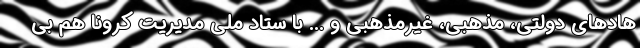
هادهای دولتی، مذهبی، غیرمذهبی و ... با ستاد ملی مدیریت کرونا هم بی